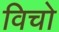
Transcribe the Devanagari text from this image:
विचो